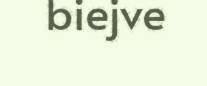
biejve